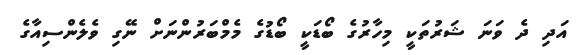
އަދި ދެ ވަނަ ޝަރުތަކީ މިހާރުގެ ބޯޑަކީ ބޯޑުގެ މެމްބަރުންނަށް ނޭގި ވެލެންސިއާގެ